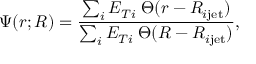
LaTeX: \Psi ( r ; R ) = \frac { \sum _ { i } E _ { T i } \; \Theta ( r - R _ { i \mathrm { j e t } } ) } { \sum _ { i } E _ { T i } \; \Theta ( R - R _ { i \mathrm { j e t } } ) } ,